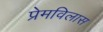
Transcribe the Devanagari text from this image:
प्रेमविलास